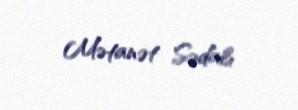
Mətanət Sədalı